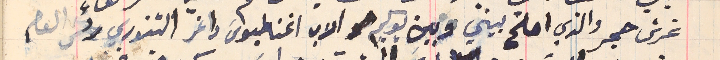
غرش حجر والذي اصلح بيني وبين يوكيم هو الاب اغناطيوسَ داغر التنوري رئس العام